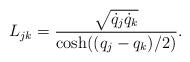
LaTeX: \begin{align*}L_{jk}=\frac{\sqrt{\dot q_{j} \dot q_{k}}}{\cosh((q_{j}-q_{k})/2)}.\end{align*}